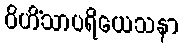
ဝိဟိံသာပရိယေသနာ